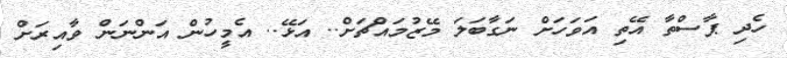
ހެދި ޕާސްތާ އޭތި އަވަހަށް ނަގާބަލަ މޭޒުމައްޗަށް.. އަޅޭ.. އެމީހުން އަންނަން ވާއިރަށް